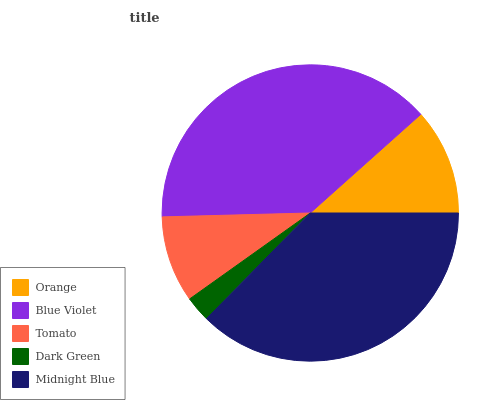
| Orange | Blue Violet | Tomato | Dark Green | Midnight Blue |
 | --- | --- | --- | --- | --- |
 | 11.6% | 38.8% | 9.43% | 2.78% | 37.4% |